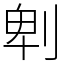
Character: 𠜱